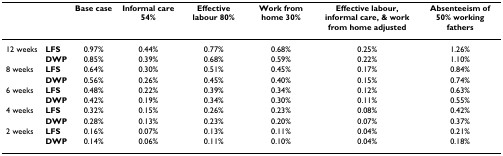
|  |  | Base case | Informal care 54% | Effective labour 80% | Work from home 30% | Effective labour, informal care, & work from home adjusted | Absenteeism of 50% working fathers |
 | --- | --- | --- | --- | --- | --- | --- | --- |
 | 12 weeks | LFS | 0.97% | 0.44% | 0.77% | 0.68% | 0.25% | 1.26% |
 |  | DWP | 0.85% | 0.39% | 0.68% | 0.59% | 0.22% | 1.10% |
 | 8 weeks | LFS | 0.64% | 0.30% | 0.51% | 0.45% | 0.17% | 0.84% |
 |  | DWP | 0.56% | 0.26% | 0.45% | 0.40% | 0.15% | 0.74% |
 | 6 weeks | LFS | 0.48% | 0.22% | 0.39% | 0.34% | 0.12% | 0.63% |
 |  | DWP | 0.42% | 0.19% | 0.34% | 0.30% | 0.11% | 0.55% |
 | 4 weeks | LFS | 0.32% | 0.15% | 0.26% | 0.23% | 0.08% | 0.42% |
 |  | DWP | 0.28% | 0.13% | 0.23% | 0.20% | 0.07% | 0.37% |
 | 2 weeks | LFS | 0.16% | 0.07% | 0.13% | 0.11% | 0.04% | 0.21% |
 |  | DWP | 0.14% | 0.06% | 0.11% | 0.10% | 0.04% | 0.18% |